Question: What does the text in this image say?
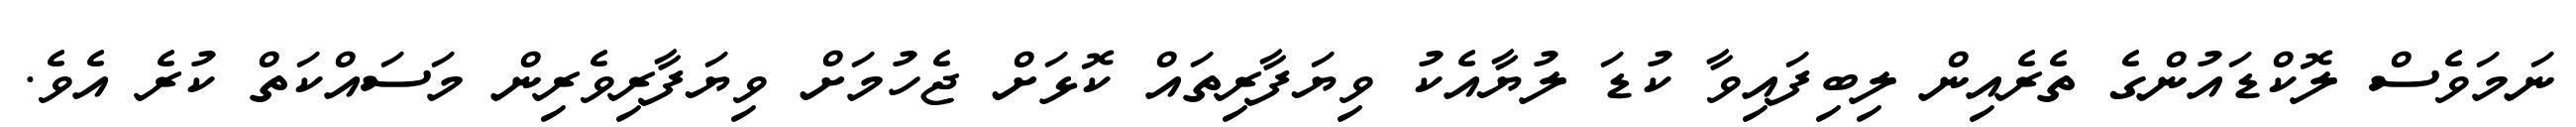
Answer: ނަމަވެސް ލޮކްޑައުންގެ ތެރެއިން ލިބިފައިވާ ކުޑަ ލުޔާއެކު ވިޔަފާރިތައް ކޮޅަށް ޖެހުމަށް ވިޔަފާރިވެރިން މަސައްކަތް ކުރެ އެވެ.